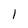
Character: 1